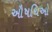
ઔષધિઓ